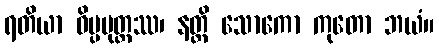
ရတိယာ ဝိပ္ပမုတ္တဿ၊ နတ္ထိ သောကော ကုတော ဘယံ။